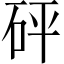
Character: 砰